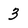
Character: 3